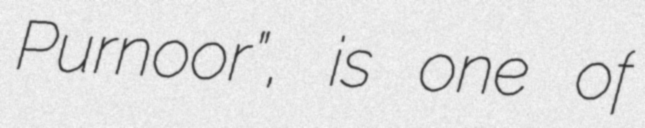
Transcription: Purnoor”, is one of